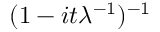
\! \, ( 1 - i t \lambda ^ { - 1 } ) ^ { - 1 }